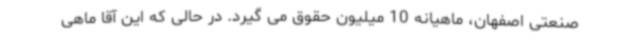
صنعتی اصفهان، ماهیانه 10 میلیون حقوق می گیرد. در حالی که این آقا ماهی